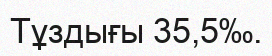
Тұздығы 35,5‰.